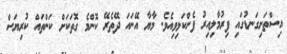
އިސްތަށިގަނޑުގައި ފިރުމާލިއިރު ފެންކަޅިވިއެވެ. މާޔާ އޭނައަ ދޭތެރޭ ކޮންމެ ގޮތަކަށް ކަންތައް ކުރިޔަސް